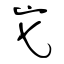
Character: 它